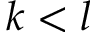
k < l